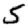
Digit: 5